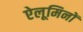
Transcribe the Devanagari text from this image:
ऐलूमिनों